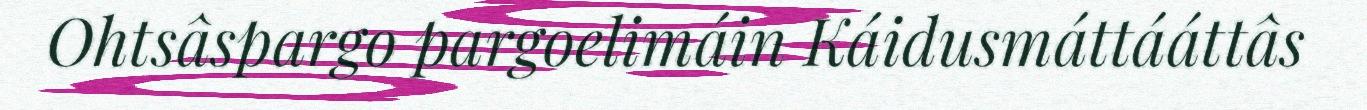
Ohtsâspargo pargoelimáin Káidusmáttááttâs